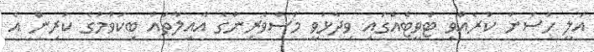
އަލީ ހުސެން ކުރެއްވި ޓްވީޓެއްގައި ވިދާޅުވީ މަސްވެރިންގެ އާއިލާތައް ބިކަވުމުގެ ކުރިން އެ